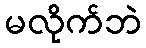
မလိုက်ဘဲ